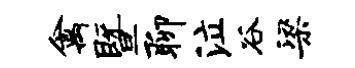
禽暨聊泣谷梁